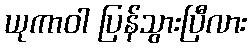
ယုကာဝါ ပြန်သွားပြီလား